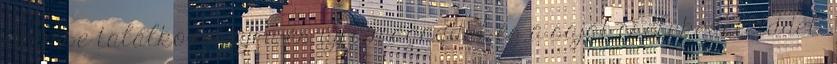
szembe találkozol újra és újra,magaddal és a saját cselekedeteiddel.